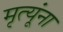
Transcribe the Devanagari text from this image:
मृत्यूंना